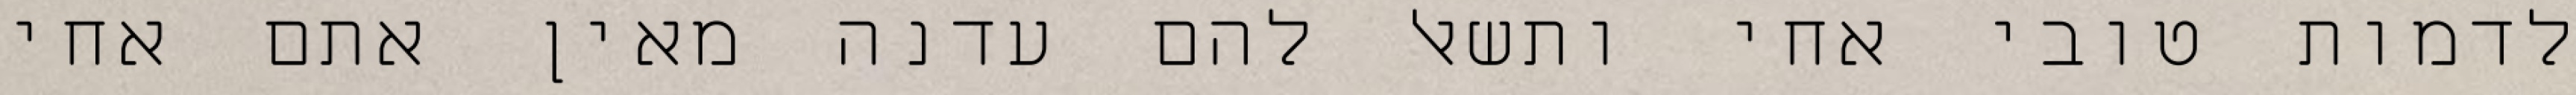
לדמות טובי אחי ותשאל להם עדנה מאין אתם אחי